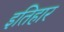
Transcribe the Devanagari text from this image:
इतिहार